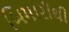
બિમારીથી